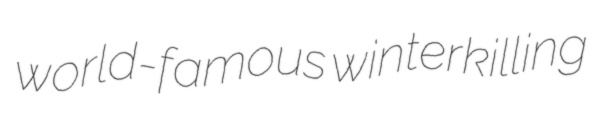
world-famous winterkilling